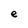
Character: e